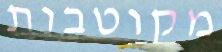
מקוטבות